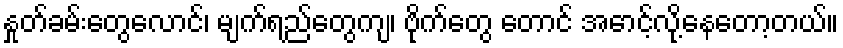
နှုတ်ခမ်းတွေလောင်၊ မျက်ရည်တွေကျ၊ ဗိုက်တွေ တောင် အောင့်လို့နေတော့တယ်။